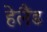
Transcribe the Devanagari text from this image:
हेलैंड